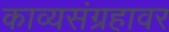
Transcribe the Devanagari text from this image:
काव्यसंग्रहावर